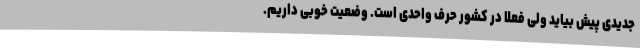
جدیدی پیش بیاید ولی فعلاً در کشور حرف واحدی است. وضعیت خوبی داریم.